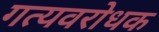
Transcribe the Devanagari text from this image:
गत्यवरोधक